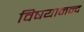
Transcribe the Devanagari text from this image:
विषयानन्द